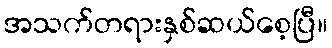
အသက်တရားနှစ်ဆယ်စေ့ပြီ။